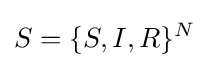
S=\{S,I,R\}^{N}